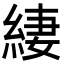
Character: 緀